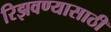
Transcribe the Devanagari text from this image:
रिझवण्यासाठी